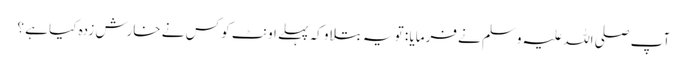
آپ صلی اللہ علیہ وسلم نے فرمایا : تو یہ بتلاو کہ پہلے اونٹ کو کس نے خارش زدہ کیا ہے ؟